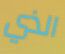
الذي